Regulations for the medical services of the Army of India
Year: 1930
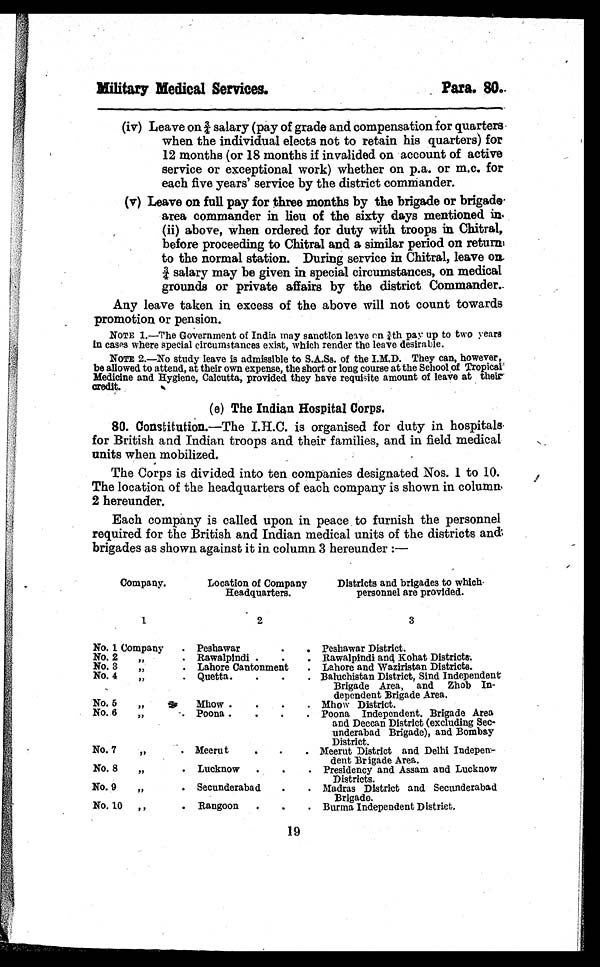
Military Medical Services.
Para. 80.
(iv) Leave on ¾ salary (pay of grade and compensation for quarters
when the individual elects not to retain his quarters) for
12 months (or 18 months if invalided on account of active
service or exceptional work) whether on p.a. or m.c. for
each five years' service by the district commander.
(v) Leave on full pay for three months by the brigade or brigad
e area commander in lieu of the sixty days mentioned in
(ii) above, when ordered for duty with troops in Chitral,
before proceeding to Chitral and a similar period on return
to the normal station. During service in Chitral, leave on
¾ salary may be given in special circumstances, on medical
grounds or private affairs by the district Commander.
Any leave taken in excess of the above will not count towards
promotion or pension.
NOTE 1.—The Government of India may sanction leave on ¾th pay up to two years
in cases where special circumstances exist, which render the leave desirable.
NOTE 2.—No study leave is admissible to S.A.Ss. of the I.M.D. They can, however,
be allowed to attend, at their own expense, the short or long course at the School of Tropical
Medicine and Hygiene, Calcutta, provided they have requisite amount of leave at their
credit.
(e) The Indian Hospital Corps.
80. Constitution.—The I.H.C. is organised for duty in hospitals
for British and Indian troops and their families, and in field medical
units when mobilized.
The Corps is divided into ten companies designated Nos. 1 to 10.
The location of the headquarters of each company is shown in column,
2 hereunder.
Each company is called upon in peace to furnish the personnel
required for the British and Indian medical units of the districts and
brigades as shown against it in column 3 hereunder:—
Company.
Location of Company
Headquarters.
Districts and brigades to which
personnel are provided.
1
2
3
No. 1 Company.
Peshawar . . . Peshawar District.
No. 2 " .
Rawalpindi . . . Rawalpindi and Kohat Districts.
No. 3 " .
Lahore Cantonment . . . Lahore and Waziristan Districts.
No. 4 " .
Quetta . . . Baluchistan District, Sind Independent
Brigade Area, and Zhob In-
dependent Brigade Area.
No. 5 " .
Mhow . . . Mhow District.
No. 6 " .
Poona . . . Poona Independent. Brigade Area
and Deccan District (excluding Sec-
underabad Brigade), and Bombay
District.
No. 7 " .
Meerut . . . Meerut District and Delhi Indepen-
dent Brigade Area.
No. 8 " .
Lucknow . . . Presidency and Assam and Lucknow
Districts.
No. 9 " .
Secunderabad . . . Madras District and Secunderabad
Brigade.
No. 10 " .
Rangoon . . . Burma Independent District.
19